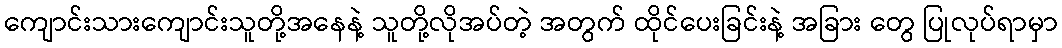
ကျောင်းသားကျောင်းသူတို့အနေနဲ့ သူတို့လိုအပ်တဲ့ အတွက် ထိုင်ပေးခြင်းနဲ့ အခြား တွေ ပြုလုပ်ရာမှာ